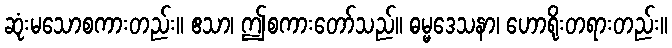
ဆုံးမသောစကားတည်း။ ဧသာ၊ ဤစကားတော်သည်။ ဓမ္မဒေသနာ၊ ဟောရိုးတရားတည်း။